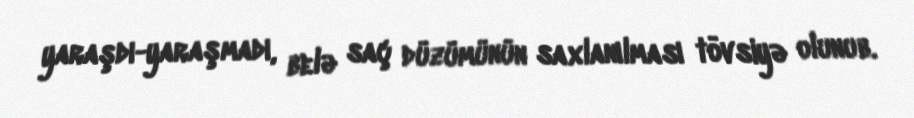
yaraşdı-yaraşmadı, belə saç düzümünün saxlanılması tövsiyə olunub.